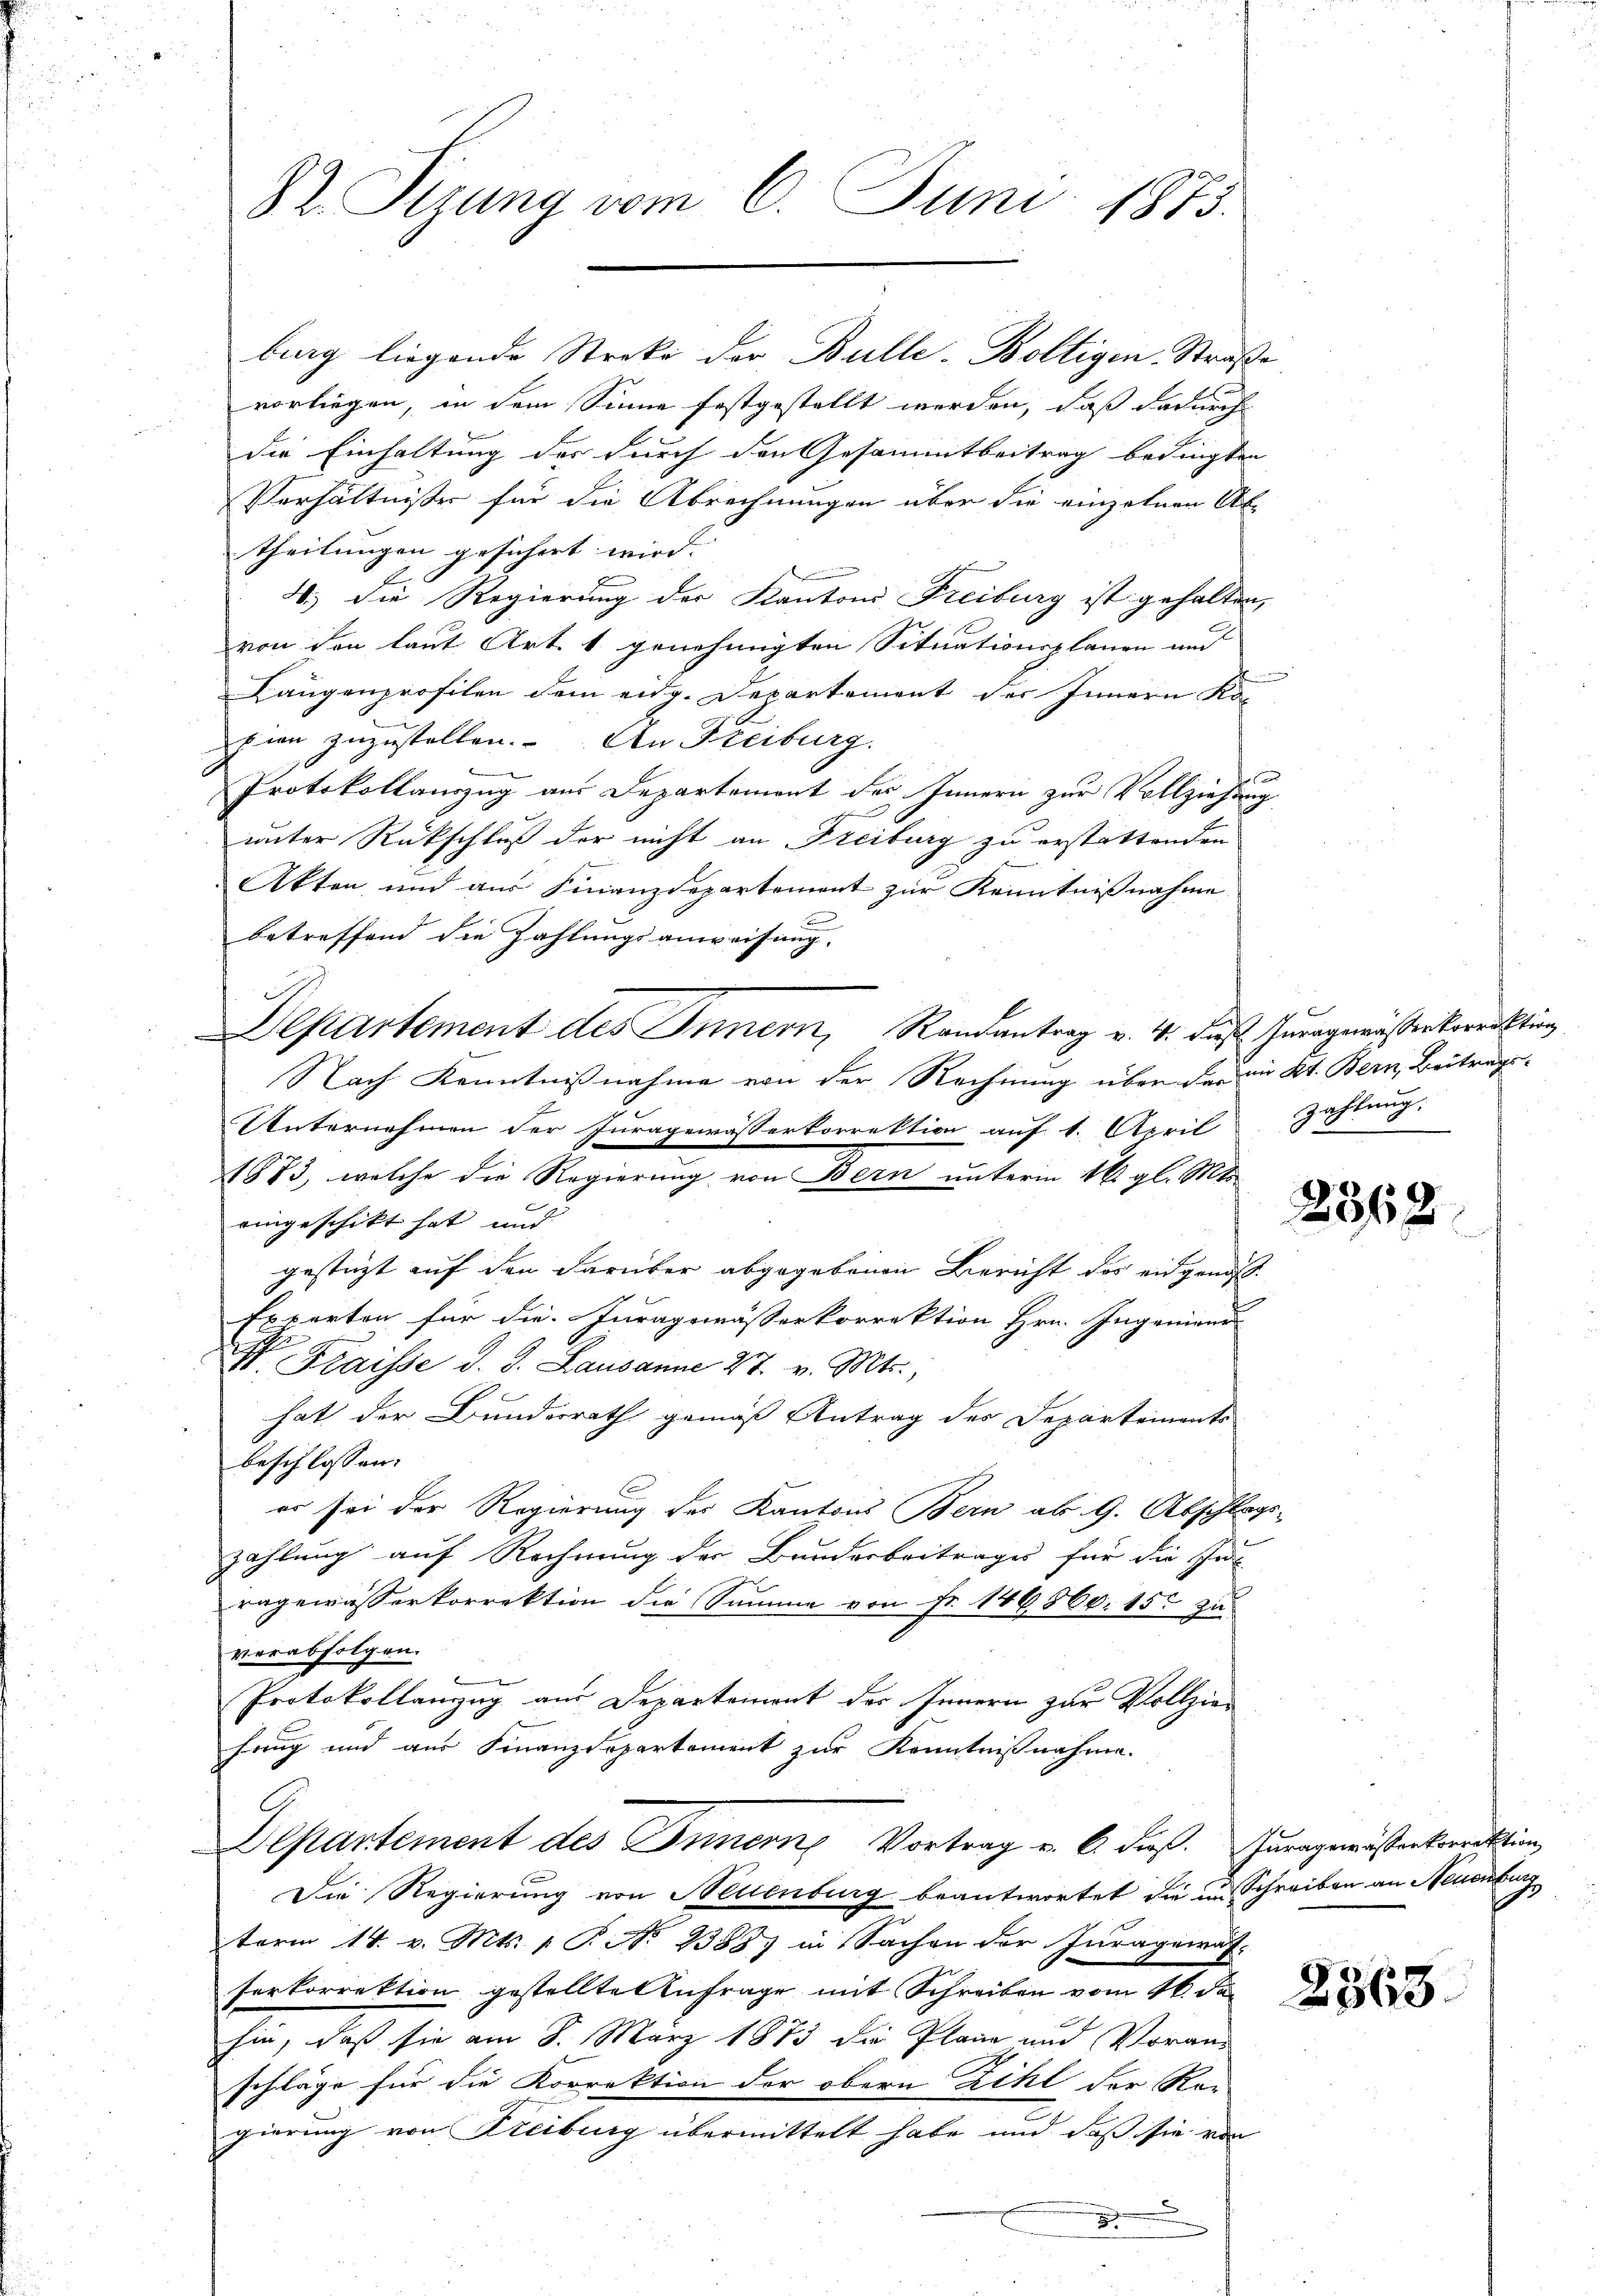
burg liegende Streke der Bulle-Boltigen Straße
vorliegen, in dem Sinne festgestellt werden, daß dadurch
die Einhaltung des durch den Gesammtbeitrag bedingten
Verhältnißes für die Abrechnungen über die einzelnen Ab
theilungen gesichert wird. |
4.) Die Regierung der Kantons Freiburg ist gehalten,
von den laut Art. 1 genehmigten Situationsplanen und
Längenprofilen dem eidg. Departement des Innern Ko-
hien zuzustellen. An Freiburg.
Protokollauszug aus Departement des Innern zur Vollziehung
unter Rückschluß der nicht an Freiburg zu erstattenden
Akten und aus Finanzdepartement zur Kenntnisnahme
r
betreffend die Zahlungsanweisung.
Departement des Innern, Randantrag v. 4. das Juragemeisterkorrektion
Nach Kenntnisnahme von der Rechnung über der in Kt. Bern, Beitrags-
Unternehmen der Juragewässerkorrektion auf 1. April
1883, welche die Regierung von Bern unterm 16. gl. Mts.
eingeschickt hat und
gestüzt auf den darüber abgegebenen Bericht das eingenoss
Experten für die Juragsmässerkorrektion Hrn. Ingenieur
Fraisse d. J. Lausanne 27. v. Mts.,
hat der Bunderrath gemäß Antrag des Departements
beschlossen:
er sei der Regierung des Kantons Bern ab 9. Abschlags-
zahlung auf Rechnung der Bunderbeitrages für die In
ragewässerkorrektion die Summe von Fr. 146560. 15t zu
verabfolgen.
Protokollanzug aus Departement des Innern zur Vollziefrug und aus Finanzdepartement zur Kenntnißnahme.
G
Departement des Innern, Vortrag u. 6. dieß. Zuragsmässerkorrektion
Die Regierung von Neuenburg beantwortet die im Schreiben an Neuenburg
term 14. v. Mts. 1 P. No 2386) in Sachen der Jurageruf-
serkorrektion gestellte Anfrage mit Schreiben vom 16. de
hin, daß sie am 8. März 1873 die Pläne und Voran-
schläge für die Korrektion der obern Zihl der Re-
gierung von Steiburg übermittelt habe und daß sie von
x

82 Sizung vom 6. Juni 1873.

zahlung.
§ 3

2362